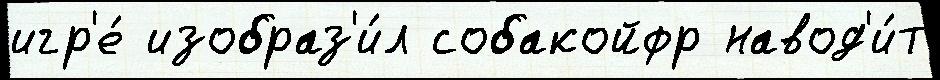
игр'е́ изобраз'и́л собакойфр навод'и́т